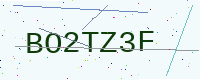
Text: BO2TZ3F